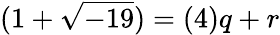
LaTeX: (1+{\sqrt{-19}})=(4)q+r